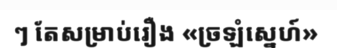
ៗ តែសម្រាប់រឿង «ច្រឡំស្នេហ៍»